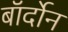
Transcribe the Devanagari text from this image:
बॉर्दोन